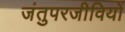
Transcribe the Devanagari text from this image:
जंतुपरजीवियों